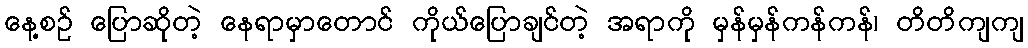
နေ့စဉ် ပြောဆိုတဲ့ နေရာမှာတောင် ကိုယ်ပြောချင်တဲ့ အရာကို မှန်မှန်ကန်ကန်၊ တိတိကျကျ